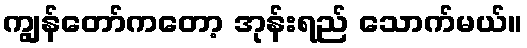
ကျွန်တော်ကတော့ အုန်းရည် သောက်မယ်။